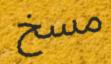
مسخ